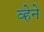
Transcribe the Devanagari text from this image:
व्हेने